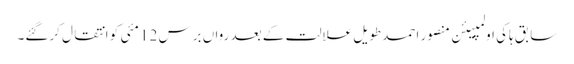
سابق ہاکی اولمپیئن منصور احمد طویل علالت کے بعد رواں برس 12 مئی کو انتقال کرگئے۔